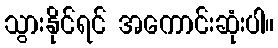
သွားနိုင်ရင် အကောင်းဆုံးပါ။